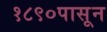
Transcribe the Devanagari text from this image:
१८९०पासून